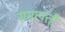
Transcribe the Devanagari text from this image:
समापत्ती